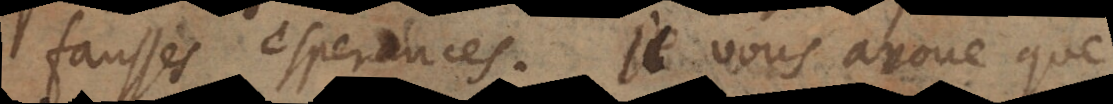
fausses esperances. Je vous avoue que